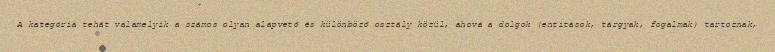
A kategória tehát valamelyik a számos olyan alapvető és különböző osztály közül, ahová a dolgok (entitások, tárgyak, fogalmak) tartoznak,